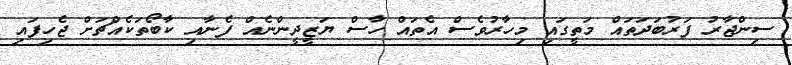
ސިންޖާރު ފަރުބަދަތައް މަތީގައި މިހާރުވެސް އެތައް ހާސް ޔަޒީދީންނެއް ފެނާއި ކާބޯތަކެއްޗަށް ޖެހިފައި